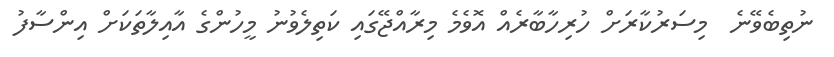
ނުތިބެވޭނެ  މިސަރުކާރަށް ހުރިހާބާރެއް އޮވެމެ މިރާއްޖޭގައި ކަތިލެވުނު މީހުންގެ އާއިލާތަކަށް އިންސާފު